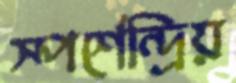
স্পর্শেন্দ্রিয়